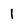
Character: 1